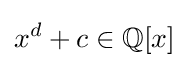
x^{d}+c\in \mathbb {Q} [x]